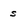
Character: s